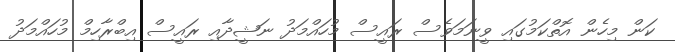
ކަން މިހެން އޮތްކަމުގައި ވީނަމަވެސް ރައީސް މުހައްމަދު ނަޝީދާއި ރައީސް އިބްރާހިމް މުހައްމަދު